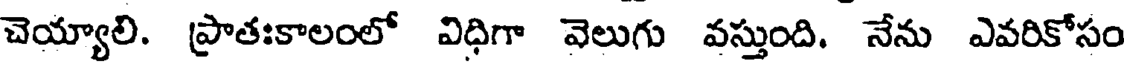
చెయ్యాలి. ప్రాతఃకాలంలో విధిగా వెలుగు వస్తుంది. నేను ఎవరికోసం